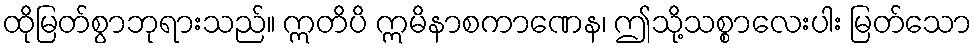
ထိုမြတ်စွာဘုရားသည်။ ဣတိပိ ဣမိနာစကာဏေန၊ ဤသို့သစ္စာလေးပါး မြတ်သော